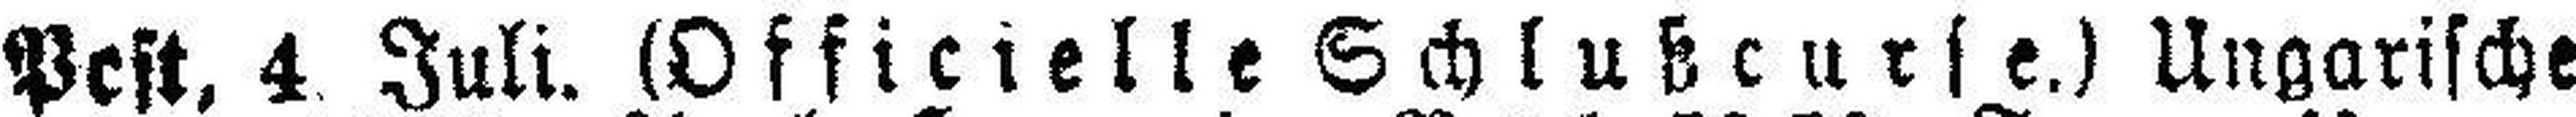
Pest. 4 Juli. (Officielle Schlußcurse.) Ungarische